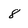
Character: 8